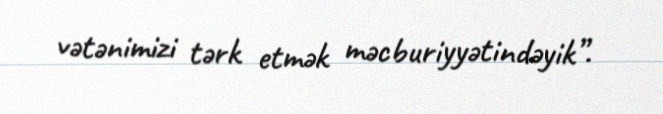
vətənimizi tərk etmək məcburiyyətindəyik”.